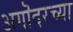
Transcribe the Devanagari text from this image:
अगॊदरच्या